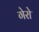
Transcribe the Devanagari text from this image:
गेरो